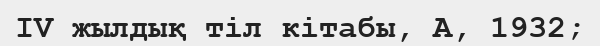
ІV жылдық тіл кітабы, А, 1932;